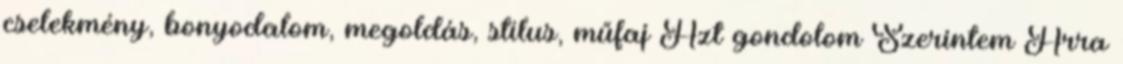
cselekmény, bonyodalom, megoldás, stílus, műfaj Azt gondolom Szerintem Arra